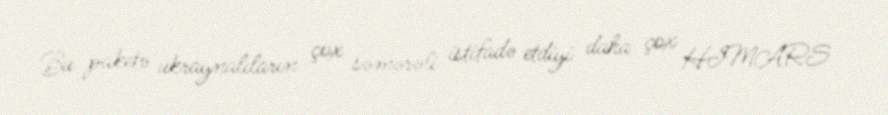
Bu paketə ukraynalıların çox səmərəli istifadə etdiyi daha çox HIMARS